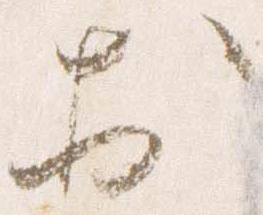
於